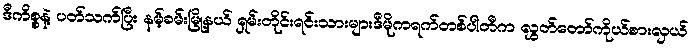
ဒီကိစ္စနဲ့ ပတ်သက်ပြီး နမ့်ခမ်းမြို့နယ် ရှမ်းတိုင်းရင်းသားများဒီမိုကရက်တစ်ပါတီက လွှတ်တော်ကိုယ်စားလှယ်